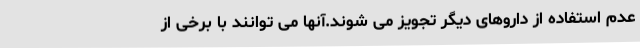
عدم استفاده از داروهای دیگر تجویز می شوند.آنها می توانند با برخی از